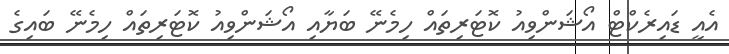
އެއީ ޑައިރެކްޓް އޯޝަންވިއު ކޮޓަރިތައް ހިމެނޭ ބަޔާއި އޯޝަންވިއު ކޮޓަރިތައް ހިމެނޭ ބައިގެ